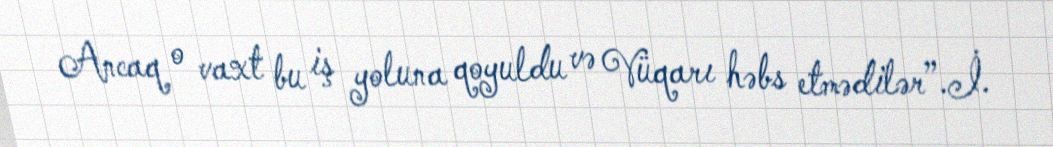
Ancaq o vaxt bu iş yoluna qoyuldu və Vüqarı həbs etmədilər”.İ.